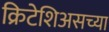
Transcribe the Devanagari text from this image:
क्रिटेशिअसच्या